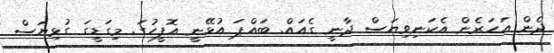
ދެން އަހަރެން އެކަނިވިޔަސް ދާނީ ގެއައް. ބައްޕަ އުޅޭނީ އޮފީހުގަ. މިގަޑީގަ ގުޅިޔަސް